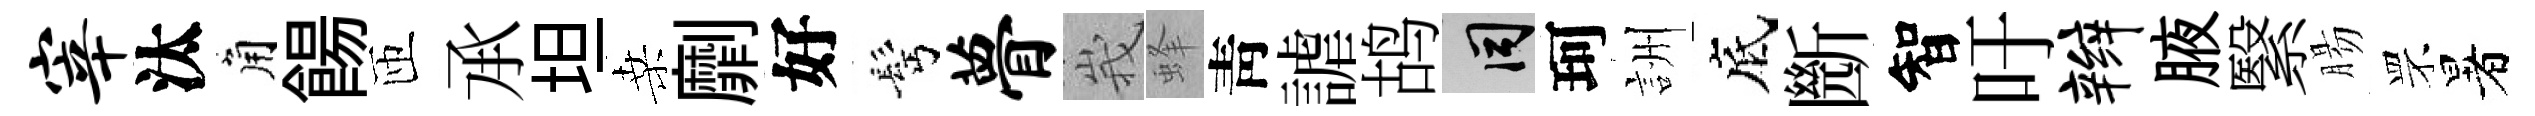
宰汰角餳匝𠄘坦桑劘好髩瞢峩蜂靑謔鸪间珂詶底㫁智吁辫腋繄腸罘暑